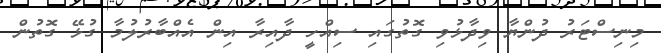
މިނިސްޓަރު ދުންޔާ ވިދާޅުވި ގޮތުގައި ސިއްހީ ދާއިރާ އިން އެއްބާރުލުމާ ގުޅޭ ގޮތުން